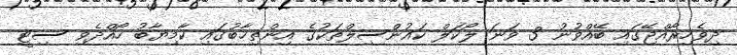
ދިވެހިރާއްޖޭގައި ބޭއްވުނު 3 ވަނަ ލޯކަލް ކައުންސިލްތަކުގެ އިންތިޚާބުގައި ކާމިޔާބު ހޯއްދެވި ސިޓީ